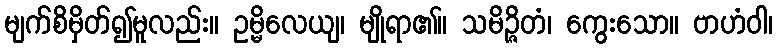
မျက်စိမှိတ်၍မူလည်း။ ဥမ္မိလေယျ၊ မျိုရာ၏။ သမိဉ္ဇိတံ၊ ကွေးသော။ ဗာဟံဝါ၊